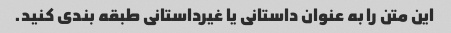
این متن را به عنوان داستانی یا غیرداستانی طبقه بندی کنید.